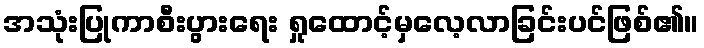
အသုံးပြုကာစီးပွားရေး ရှုထောင့်မှလေ့လာခြင်းပင်ဖြစ်၏။